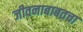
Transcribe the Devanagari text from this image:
जीवनाबाबतचा